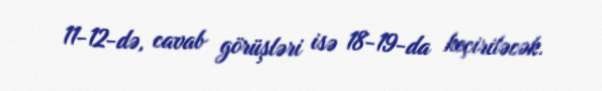
11-12-də, cavab görüşləri isə 18-19-da keçiriləcək.